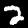
Label: 2